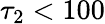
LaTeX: \tau_{2}<100